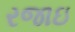
રજાઇ